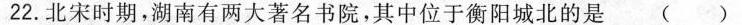
22.北宋时期，湖南有两大著名书院，其中位于衡阳城北的是()